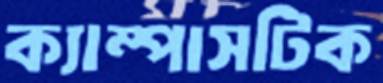
ক্যাম্পাসটিক